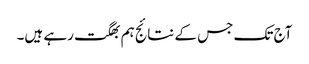
آج تک جس کے نتائج ہم بھگت رہے ہیں۔